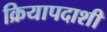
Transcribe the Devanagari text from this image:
क्रियापदाशी